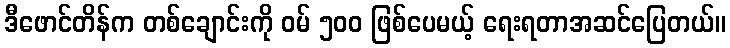
ဒီဖောင်တိန်က တစ်ချောင်းကို ဝမ် ၅၀၀ ဖြစ်ပေမယ့် ရေးရတာအဆင်ပြေတယ်။